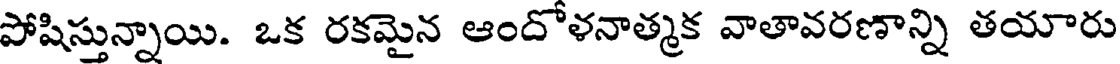
పోషిస్తున్నాయి. ఒక రకమైన ఆందోళనాత్మక వాతావరణాన్ని తయారు